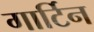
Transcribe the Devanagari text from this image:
गार्टिन